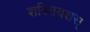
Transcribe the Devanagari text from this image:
शक्तियशस्